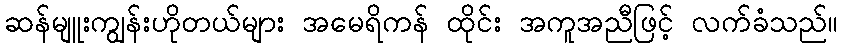
ဆန်မျူးကျွန်းဟိုတယ်များ အမေရိကန် ထိုင်း အကူအညီဖြင့် လက်ခံသည်။